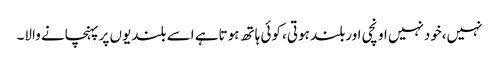
نہیں،خودنہیں اونچی اوربلند ہوتی، کوئی ہاتھ ہوتاہے اسے بلندیوں پرپہنچانے والا۔